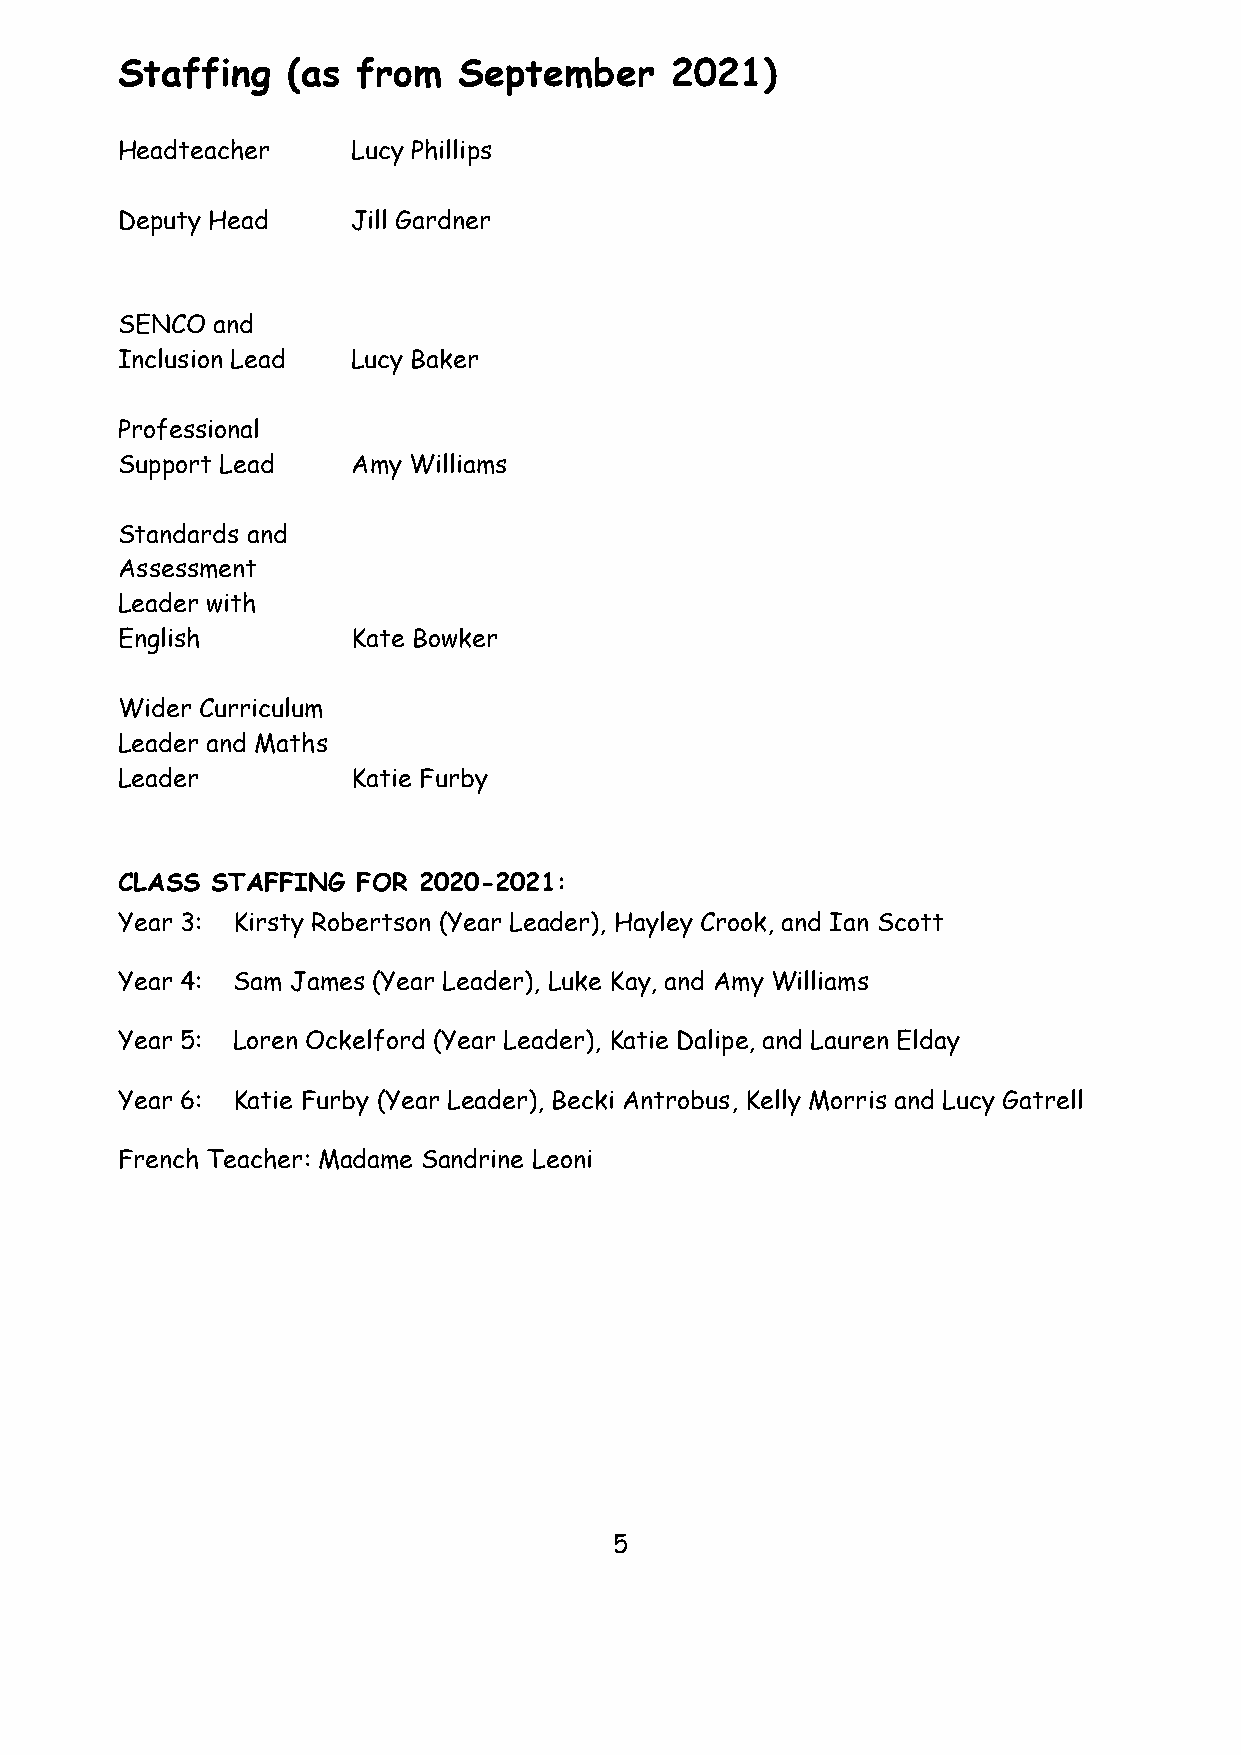
Staffing   (as  from  September     2021)
 Headteacher    Lucy Phillips
 Deputy Head    Jill Gardner
 SENCO and
 Inclusion Lead Lucy Baker
 Professional
 Support Lead   Amy Williams
 Standards and
 Assessment
 Leader with
 English        Kate Bowker
 Wider Curriculum
 Leader and Maths
 Leader         Katie Furby
 CLASS STAFFING  FOR 2020-2021:
 Year 3: Kirsty Robertson (Year Leader), Hayley Crook, and Ian Scott
 Year 4: Sam James (Year Leader), Luke Kay, and Amy Williams
 Year 5: Loren Ockelford (Year Leader), Katie Dalipe, and Lauren Elday
 Year 6: Katie Furby (Year Leader), Becki Antrobus, Kelly Morris and Lucy Gatrell
 French Teacher: Madame Sandrine Leoni
 5